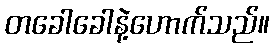
တခေါခေါနဲ့ဟောက်သည်။